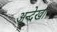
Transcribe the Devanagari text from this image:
अन्देखा